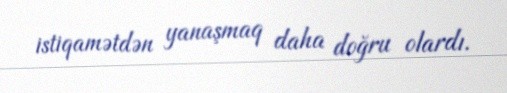
istiqamətdən yanaşmaq daha doğru olardı.